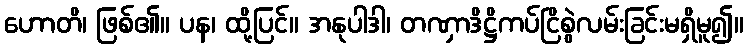
ဟောတိ၊ ဖြစ်၏။ ပန၊ ထို့ပြင်။ အနုပါဒါ၊ တဏှာဒိဋ္ဌိကပ်ငြိစွဲလမ်းခြင်းမရှိမူ၍။